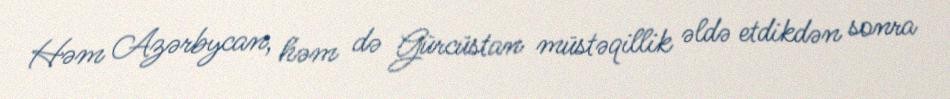
Həm Azərbycan, həm də Gürcüstan müstəqillik əldə etdikdən sonra